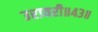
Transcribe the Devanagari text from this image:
उरावरी॥४३॥